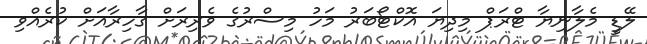
ލޭޑީ މެލާނިޔާ ޓްރަޕް މިދިޔަ އޮކްޓޯބަރު މަހު މިސްރުގެ ވެރިރަށް ގާހިރާއަށް ކުރެއްވި